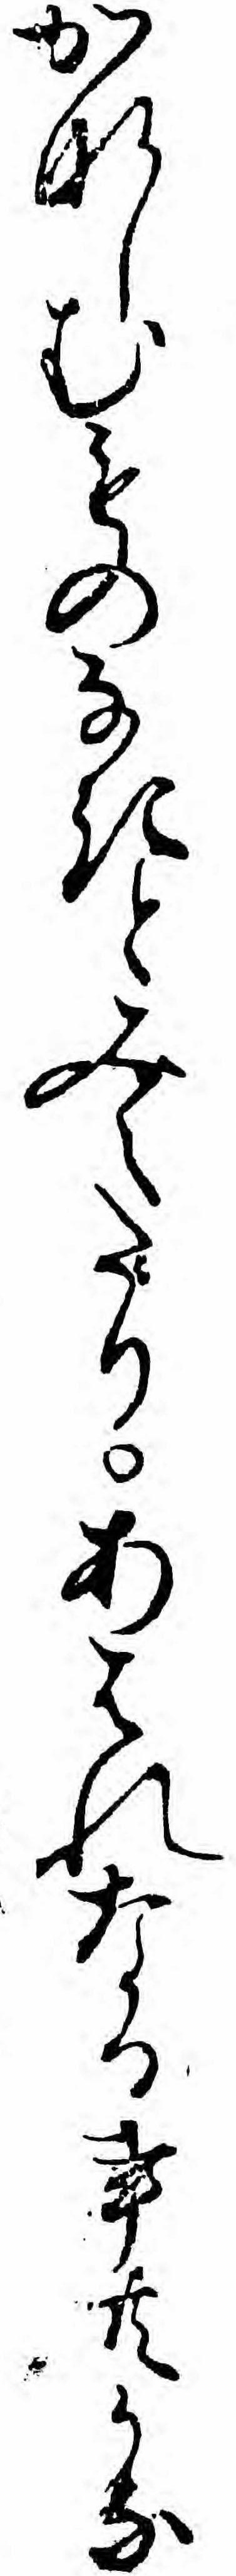
かなしむものなきとみえたりあはれなる事共かな